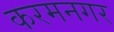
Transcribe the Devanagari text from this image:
करमनगर